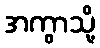
အကွာသို့